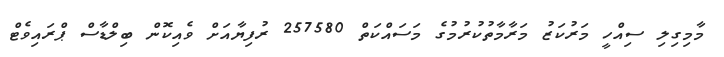
މާމިގިލި ސިއްހީ މަރުކަޒު މަރާމާތުކުރުމުގެ މަސައްކަތް 257580 ރުފިޔާއަށް ވެއިކޮން ބިލްޑާސް ޕްރައިވެޓް